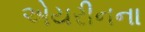
એયરીનના